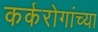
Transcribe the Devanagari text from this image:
कर्करोगांच्या